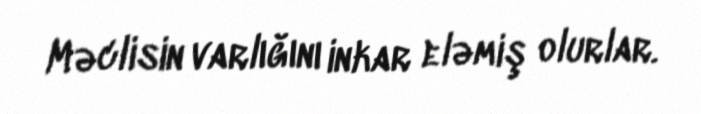
Məclisin varlığını inkar eləmiş olurlar.